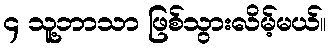
၄ သူ့ဘာသာ ဖြစ်သွားလိမ့်မယ်။